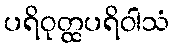
ပရိဝုတ္ထပရိဝါသံ